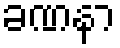
ခဏနာ